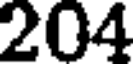
204